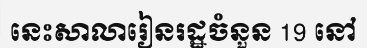
នេះសាលារៀនរដ្ឋចំនួន 19 នៅ